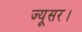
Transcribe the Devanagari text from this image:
ज्यूसर।